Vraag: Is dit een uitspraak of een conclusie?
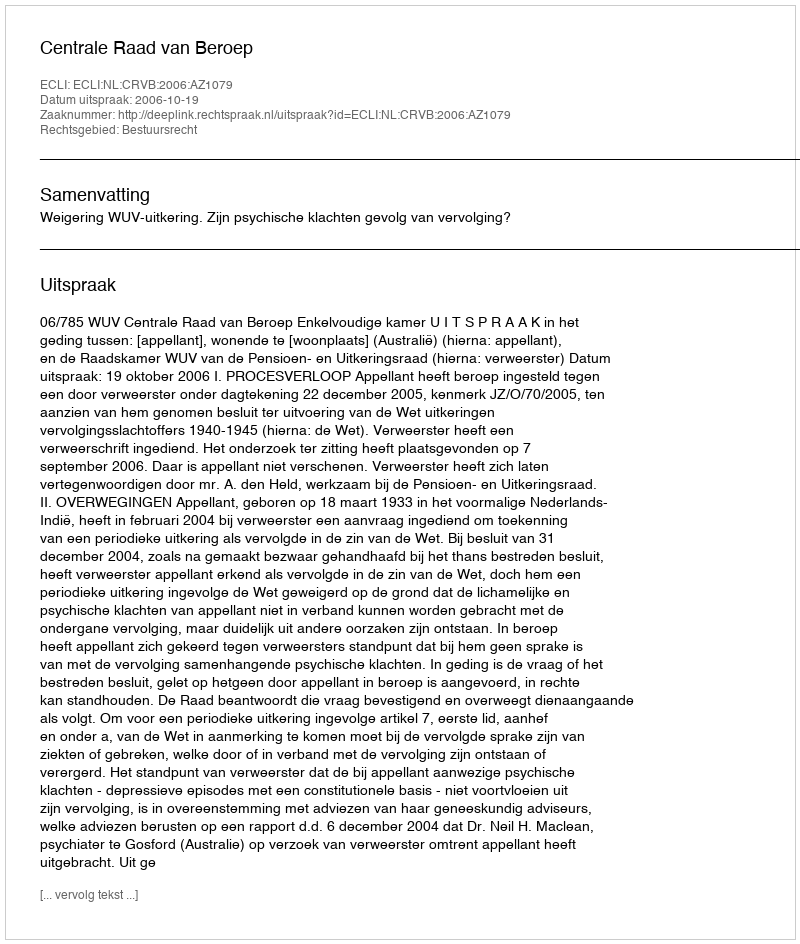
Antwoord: Uitspraak